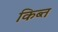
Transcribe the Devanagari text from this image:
किब्त